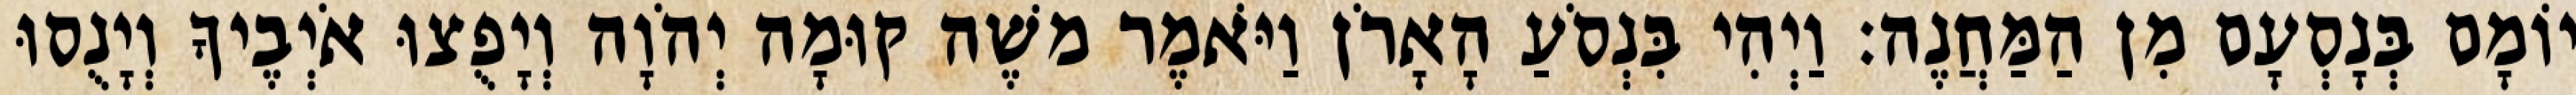
יוֹמָם בְּנָסְעָם מִן הַמַּחֲנֶה׃ וַיְהִי בִּנְסֹעַ הָאָרֹן וַיֹּאמֶר משֶׁה קוּמָה יְהֹוָה וְיָפֻצוּ אֹיְבֶיךָ וְיָנֻסוּ